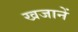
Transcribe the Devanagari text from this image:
खजानें